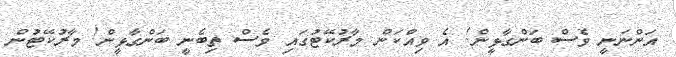
އަންނަނީ ވެސް ބަންގާޅީން! އެ ވިއްކަން މާރުކޭޓުގައި ވެސް ތިބެނީ ބަންގާޅީން! މާރުކޭޓުން